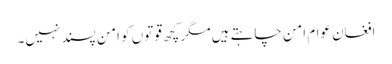
افغان عوام امن چاہتے ہیں مگر کچھ قوتوں کو امن پسند نہیں۔